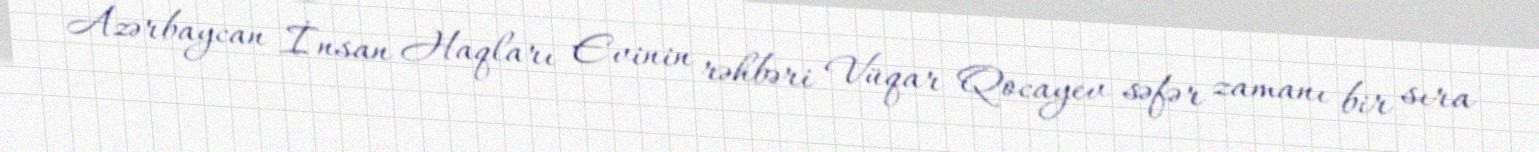
Azərbaycan İnsan Haqları Evinin rəhbəri Vüqar Qocayev səfər zamanı bir sıra